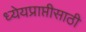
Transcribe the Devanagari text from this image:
ध्येयप्राप्तीसाठी